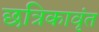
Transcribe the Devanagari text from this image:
छत्रिकावृंत